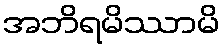
အဘိရမိဿာမိ